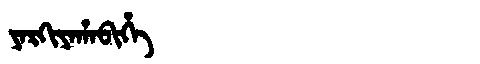
Manchu: ᠶᠠᡵᡴᡳᠶᠠᡥᠠᠪᡳᡥᡝ
Romanization: YARKIYAHABIHE